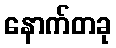
နောက်တခု